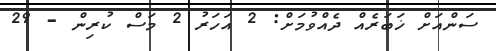
ސަންއަށް ޚަބަރެއް ދެއްވުމަށް: 2 އަހަރު 2 މަސް ކުރިން - 29